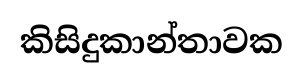
කිසිදුකාන්තාවක